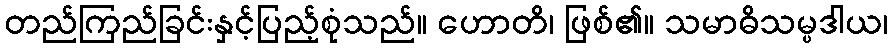
တည်ကြည်ခြင်းနှင့်ပြည့်စုံသည်။ ဟောတိ၊ ဖြစ်၏။ သမာဓိသမ္ပဒါယ၊